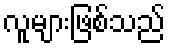
လူများဖြစ်သည်